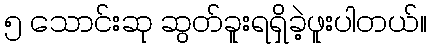
၅ သောင်းဆု ဆွတ်ခူးရရှိခဲ့ဖူးပါတယ်။